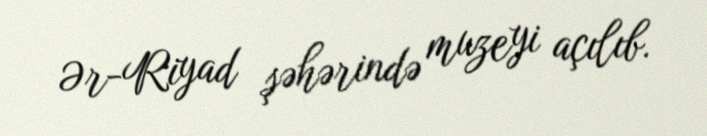
Ər-Riyad şəhərində muzeyi açılıb.